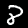
Digit: 8